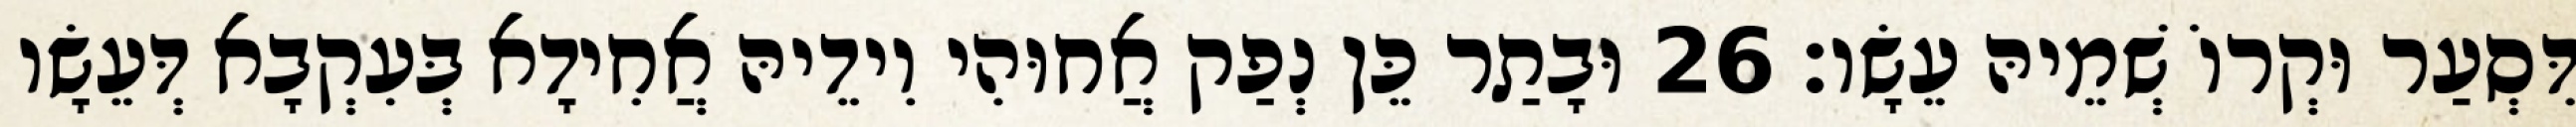
דִּסְעַר וּקְרוֹ שְׁמֵיהּ עֵשָׂו׃ 26 וּבָתַר כֵּן נְפַק אֲחוּהִי וִידֵיהּ אֲחִידָא בְּעִקְבָא דְּעֵשָׂו